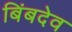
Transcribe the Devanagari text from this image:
बिंबदेव